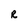
Character: R